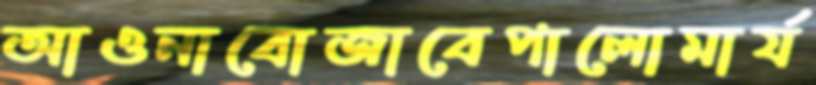
আওনাবোজাবেপালোমার‍্য